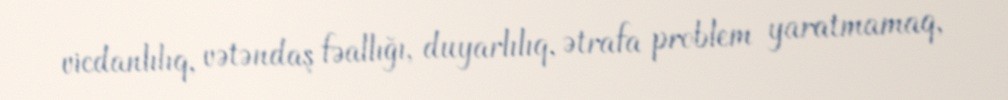
vicdanlılıq, vətəndaş fəallığı, duyarlılıq, ətrafa problem yaratmamaq,